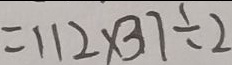
= 1 1 2 \times 3 7 \div 2